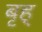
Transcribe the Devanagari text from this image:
बृह्